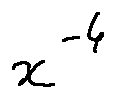
x ^ { - 4 }